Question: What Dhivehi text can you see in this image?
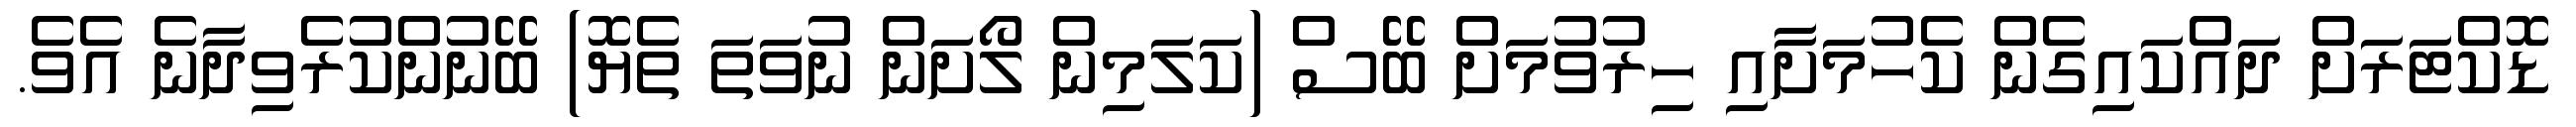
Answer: ޑޮކްޓަރަށް ދައްކައިގެން ކެހުމަށާއި ހިރުވުމަށް ބޭސް (ކަލަމިން ލޯށަން ނުވަތަ ތެޔޮ) ބޭނުންކުރެވިދާނެ އެވެ.